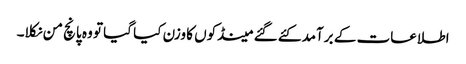
اطلاعات کے برآمد کئے گئے مینڈکوں کا وزن کیا گیا تو وہ پانچ من نکلا۔